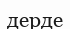
дерде